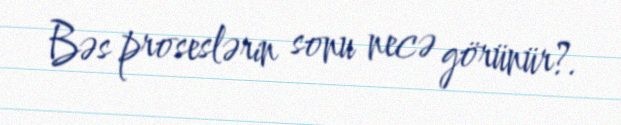
Bəs proseslərin sonu necə görünür?.